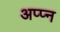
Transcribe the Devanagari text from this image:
अप्प्न